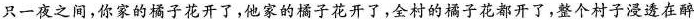
只一夜之间，你家的橘子花开了，他家的橘子花开了，全村的橘子花都开了，整个村子浸透在醉